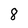
Character: 8